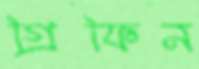
গ্রিফিন